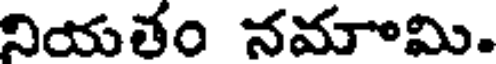
నియతం నమామి.